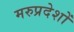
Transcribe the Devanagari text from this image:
मरुप्रदेशों